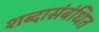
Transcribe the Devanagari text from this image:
शब्दासंबंधित